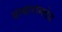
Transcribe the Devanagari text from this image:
बाबारामदेव